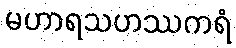
မဟာရသဟဿကရံ